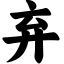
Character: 弃